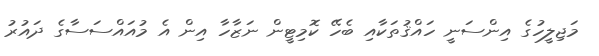
މަޖިލީހުގެ އިންސަނީ ހައްޤުތަކާއި ބެހޭ ކޮމިޓީން ނަޒާހާ އިން އެ މުއައްސަސާގެ ދައުރު